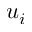
u _ { i }